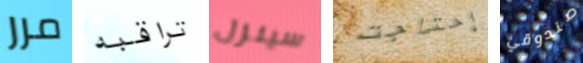
مرر تراقبه سينزل إحتاجت صندوقي